Bombay plague: being a history of the progress of plague in the Bombay presidency from September 1896 to June 1899
Year: 1896
Disease focus: Plague
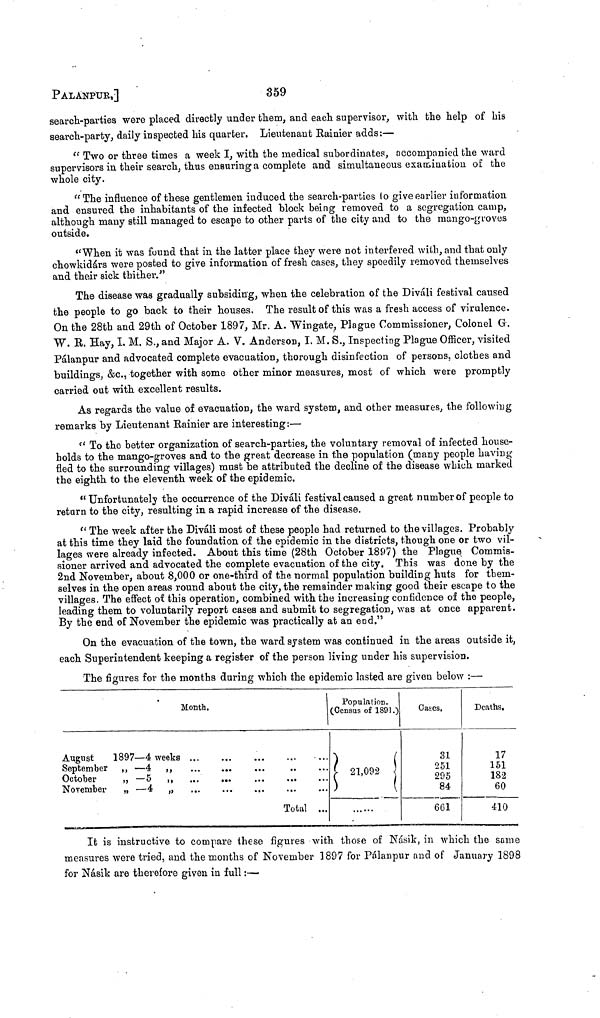
PALANPUR.]
359
search-parties were placed directly under them, and each supervisor, with the help of his
search-party, daily inspected his quarter. Lieutenant Rainier adds:—
" Two or three times a week I, with the medical subordinates, accompanied the ward
supervisors in their search, thus ensuring a complete and simultaneous examination of the
whole city.
"The influence of these gentlemen induced the search-parties to give earlier information
and ensured the inhabitants of the infected block being removed to a segregation camp,
although many still managed to escape to other parts of the city and to the mango-groves
outside.
"When it was found that in the latter place they were not interfered with, and that only
chowkidárs were posted to give information of fresh cases, they speedily removed themselves
and their sick thither."
The disease was gradually subsiding, when the celebration of the Diváli festival caused
the people to go back to their houses, The result of this was a fresh access of virulence.
On the 28th and 29th of October 1897, Mr. A. Wingate, Plague Commissioner, Colonel G.
W. R. Hay, I. M. S., and Major A. V. Anderson, I. M. S., Inspecting Plague Officer, visited
Pálanpur and advocated complete evacuation, thorough disinfection of persons, clothes and
buildings, &c., together with some other minor measures, most of which were promptly
carried out with excellent results.
As regards the value of evacuation, the ward system, and other measures, the following
remarks by Lieutenant Rainier are interesting:—
"To the better organization of search-parties, the voluntary removal of infected house-
holds to the mango-groves and to the great decrease in the population (many people having
fled to the surrounding villages) must be attributed the decline of the disease which marked
the eighth to the eleventh week of the epidemic,
"Unfortunately the occurrence of the Diváli festival caused a great number of people to
return to the city, resulting in a rapid increase of the disease.
" The week after the Diváli most of these people had returned to the villages. Probably
at this time they laid the foundation of the epidemic in the districts, though one or two vil-
lages were already infected. About this time (28th October 1897) the Plague Commis-
sioner arrived and advocated the complete evacuation of the city. This was done by the
2nd November, about 8,000 or one-third of the normal population building huts for them-
selves in the open areas round about the city, the remainder making good their escape to the
villages. The effect of this operation, combined with the increasing confidence of the people,
leading them to voluntarily report cases and submit to segregation, was at once apparent.
By the end of November the epidemic was practically at an end."
On the evacuation of the town, the ward system was continued in the areas outside it,
each Superintendent keeping a register of the person living under his supervision.
The figures for the months during which the epidemic lasted are given below :—
Month.
August
1897—4 weeks
September ,, —4 ,,
October
,, —5 ,, ...
...
November
„ —4 ,,
Total ...
Population.
(Census of 1891.)
21,092
Cases,
31
251
295
84
661
Deaths,
17
151
182
60
410
It is instructive to compare these figures with those of Násik, in which the same
measures were tried, and the months of November 1897 for Pálanpur and of January 1898
for Násik are therefore given in full:—